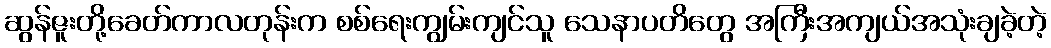
ဆွန်ဇူးတို့ခေတ်ကာလတုန်းက စစ်ရေးကျွမ်းကျင်သူ သေနာပတိတွေ အကြီးအကျယ်အသုံးချခဲ့တဲ့